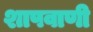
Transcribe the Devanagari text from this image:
शापवाणी